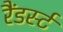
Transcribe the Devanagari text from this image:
रैंडर्स्ट